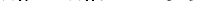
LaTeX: \smash{n_{0}^{*}=n_{0}\sigma^{3}=0.5}